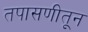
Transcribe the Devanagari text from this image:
तपासणीतून